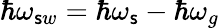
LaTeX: \hbar\omega_{\mathsf{s}w}=\hbar\omega_{\mathsf{s}}-\hbar\omega_{g}